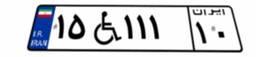
۱۵W۱۱۱۱۰